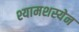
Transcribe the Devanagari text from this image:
श्यामशस्येन